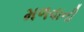
મળવાની